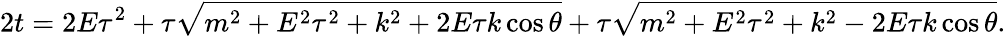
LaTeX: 2t=2E\tau^{2}+\tau\sqrt{m^{2}+E^{2}\tau^{2}+k^{2}+2E\tau k\cos\theta}+\tau\sqrt{m^{2}+E^{2}\tau^{2}+k^{2}-2E\tau k\cos\theta}.